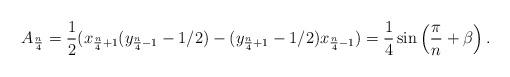
LaTeX: \begin{align*}A_{\frac{n}{4}} = \frac{1}{2}(x_{\frac{n}{4}+1}(y_{\frac{n}{4}-1}-1/2) - (y_{\frac{n}{4}+1}-1/2) x_{\frac{n}{4}-1}) = \frac{1}{4} \sin \left(\frac{\pi}{n}+\beta\right).\end{align*}